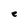
Character: e